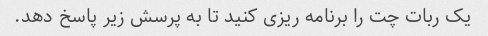
یک ربات چت را برنامه ریزی کنید تا به پرسش زیر پاسخ دهد.